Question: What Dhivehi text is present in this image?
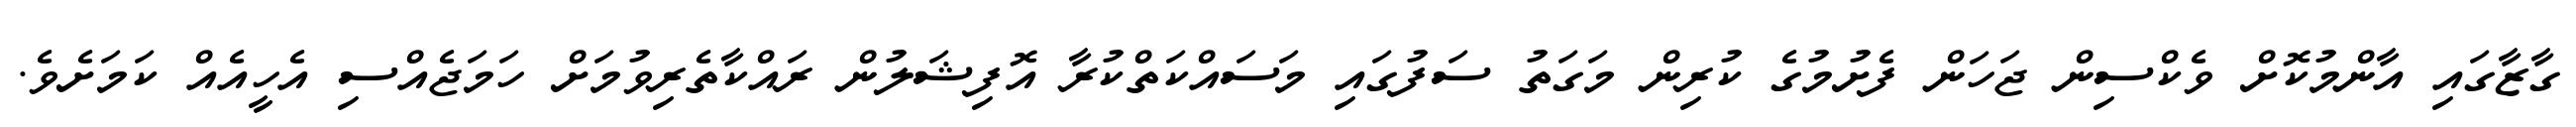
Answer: ގާޒާގައި އާންމުކޮށް ވެކްސިން ޖަހަން ފެށުމުގެ ކުރިން މަގަތު ސަފުގައި މަސައްކަތްކުރާ އޮފިޝަލުން ރައްކާތެރިވުމަށް ހަމަޖެއްސި އެހީއެއް ކަމަށެވެ.